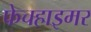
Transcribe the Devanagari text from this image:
फेचहाइमर